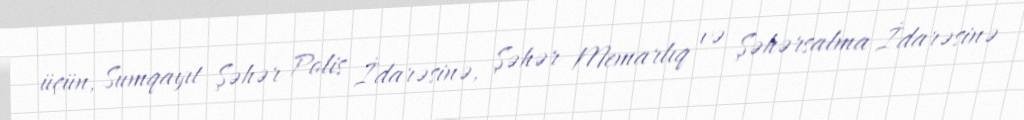
üçün, Sumqayıt Şəhər Polis İdarəsinə, Şəhər Memarlıq və Şəhərsalma İdarəsinə